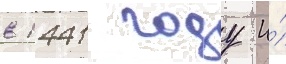
в 1441 году и́